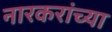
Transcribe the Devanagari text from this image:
नारकरांच्या